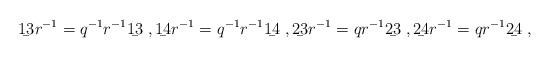
LaTeX: \begin{align*}\b{13} r^{-1} = q^{-1} r^{-1}\b{13} \; , \b{14} r^{-1} = q^{-1} r^{-1}\b{14} \; , \b{23} r^{-1} = q r^{-1}\b{23} \; , \b{24} r^{-1} = q r^{-1}\b{24} \; , \end{align*}